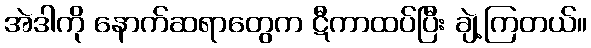
အဲဒါကို နောက်ဆရာတွေက ဋီကာထပ်ပြီး ချဲ့ကြတယ်။